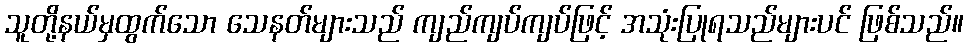
သူတို့နယ်မှထွက်သော သေနတ်များသည် ကျည်ကျပ်ကျပ်ဖြင့် အသုံးပြုရသည်များပင် ဖြစ်သည်။